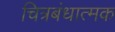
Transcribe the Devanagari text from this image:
चित्रबंधात्मक